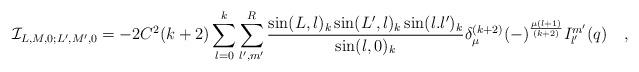
LaTeX: \begin{align*}{\cal I}_{L,M,0;L',M',0} = -2C^2 (k+2) \sum_{l=0}^k \sum_{l',m'}^{R}{{\sin(L,l)_k \sin(L',l)_k\sin(l.l')_k}\over{\sin(l,0)_k}}\delta_{\mu}^{(k+2)} (-)^{{\mu(l+1)}\over{(k+2)}} I_{l'}^{m'}(q)\quad,\end{align*}